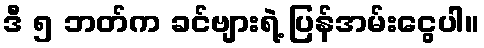
ဒီ ၅ ဘတ်က ခင်ဗျားရဲ့ ပြန်အမ်းငွေပါ။